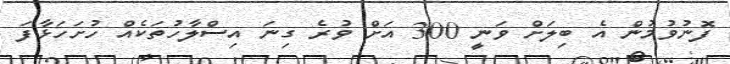
ފޮނުވުމުން އެ ބިލަށް ވަނީ 300 އަށް ވުރެ ގިނަ އިސްލާހުތަކެއް ހުށަހަޅާފަ